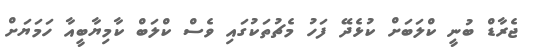
ޖެރާޑް ބުނީ ކްލަބަށް ކުޅެދޭ ފަހު މެޗުތަކުގައި ވެސް ކްލަބް ކާމިޔާބީއާ ހަމަޔަށް